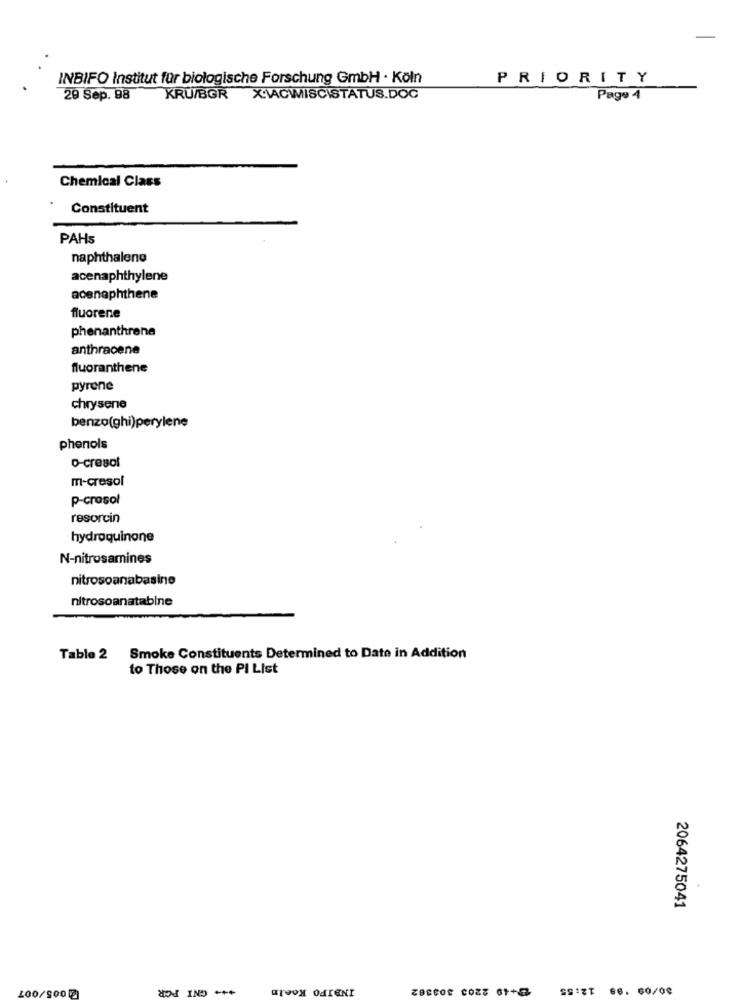
INBIFO Institut für biologische Forschung GmbH · Köln
PRIORITY
29 Sep. 98
KRU/BGR X\ACWISCISTATUS.DOC
Page 4
Chemical Class
Constituent
PAHs
naphthalene
acenaphthylene
acenaphthene
fluorene
phenanthrene
anthracene
fluoranthene
pyrone
chrysene
benzo(ghi)perylene
phenols
o-cresol
m-cresol
p-crasol
resorcin
hydroquinone
N-nitrosamines
nitrosoanabasine
nitrosoanatabine
Table 2
Smoke Constituents Determined to Date in Addition
to Those on the PI List
2064275041
*** GNI PGR
INDIPO Koeln
LOO/SO0 2
SSIST 88. 60/00